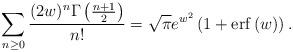
LaTeX: \begin{align*}\sum_{n\geq 0} \frac{(2w)^{n} \Gamma \left( \frac{n+1}{2} \right)}{n!} = \sqrt{\pi} e^{w^2} \left(1+\operatorname{erf}\left(w \right) \right).\end{align*}